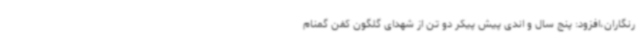
رنگاران،افزود: پنج سال و اندی پیش پیکر دو تن از شهدای گلگون کفن گمنام